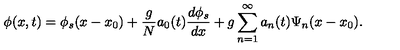
\phi ( x , t ) = \phi _ { s } ( x - x _ { 0 } ) + \frac { g } { N } a _ { 0 } ( t ) \frac { d \phi _ { s } } { d x } + g \sum _ { n = 1 } ^ { \infty } a _ { n } ( t ) \Psi _ { n } ( x - x _ { 0 } ) .